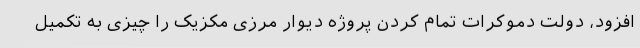
افزود، دولت دموکرات تمام کردن پروژه دیوار مرزی مکزیک را چیزی به تکمیل